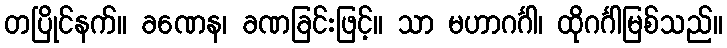
တပြိုင်နက်။ ခဏေန၊ ခဏခြင်းဖြင့်။ သာ မဟာဂင်္ဂါ၊ ထိုဂင်္ဂါမြစ်သည်။